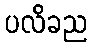
ပလိခည